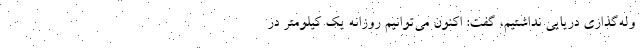
وله‌گذاری دریایی نداشتیم، گفت: اکنون می‌توانیم روزانه یک کیلومتر در